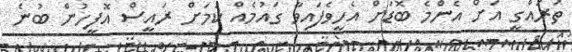
ތަރައްގީ އަށް އެންމެ ބޮޑަށް އެހީވެފައިވާ ގައުމެއް ކަމަށް ރައީސް އޮފީހުން ބުނެ